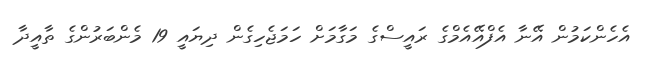
އެހެންކަމުން އޭނާ އެފްއޭއެމްގެ ރައީސްގެ މަގާމަށް ހަމަޖެހިގެން ދިޔައީ 19 މެންބަރުންގެ ތާއީދާ